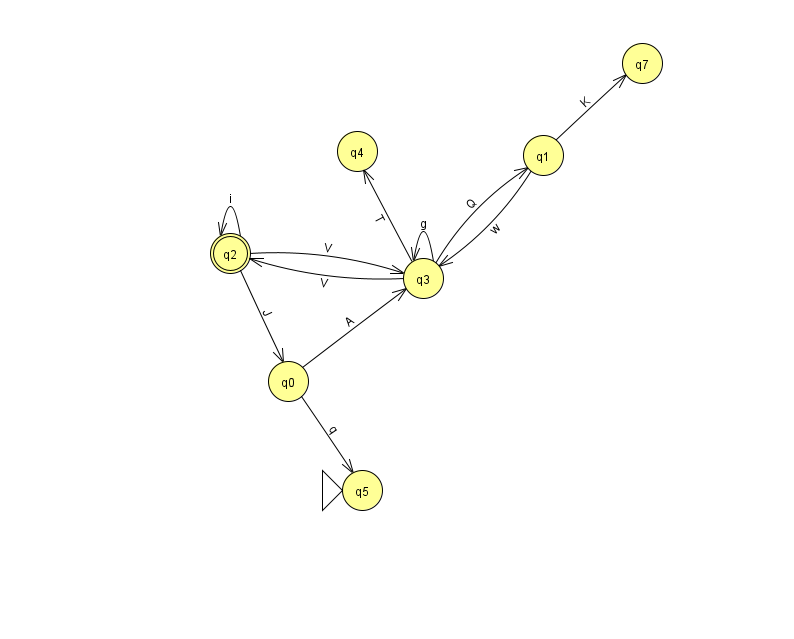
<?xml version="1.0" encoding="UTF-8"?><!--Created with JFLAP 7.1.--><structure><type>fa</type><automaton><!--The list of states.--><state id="0" name="q0"><x>288.0</x><y>368.0</y></state><state id="1" name="q1"><x>543.0</x><y>142.0</y></state><state id="2" name="q2"><x>230.0</x><y>240.0</y><final/></state><state id="3" name="q3"><x>423.0</x><y>265.0</y></state><state id="4" name="q4"><x>357.0</x><y>138.0</y></state><state id="5" name="q5"><x>362.0</x><y>477.0</y><initial/></state><state id="7" name="q7"><x>642.0</x><y>50.0</y></state><!--The list of transitions.--><transition><from>0</from><to>3</to><read>A</read></transition><transition><from>1</from><to>7</to><read>K</read></transition><transition><from>0</from><to>5</to><read>q</read></transition><transition><from>2</from><to>0</to><read>J</read></transition><transition><from>3</from><to>3</to><read>g</read></transition><transition><from>2</from><to>3</to><read>V</read></transition><transition><from>3</from><to>2</to><read>V</read></transition><transition><from>2</from><to>2</to><read>i</read></transition><transition><from>1</from><to>3</to><read>w</read></transition><transition><from>3</from><to>1</to><read>Q</read></transition><transition><from>3</from><to>4</to><read>T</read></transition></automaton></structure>